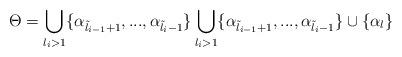
LaTeX: \begin{align*}\Theta=\bigcup\limits_{l_i>1}\{\alpha_{\tilde{l}_{i-1}+1},...,\alpha_{\tilde{l}_i-1}\} \bigcup\limits_{l_i>1}\{\alpha_{\tilde{l}_{i-1}+1},...,\alpha_{\tilde{l}_i-1}\}\cup\{\alpha_l\}\end{align*}